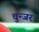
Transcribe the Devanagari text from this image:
चुन्जर